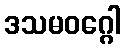
ဒသမဝဂ္ဂေါ